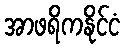
အာဖရိကနိုင်ငံ